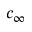
c _ { \infty }